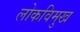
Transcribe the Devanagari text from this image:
लोकविमुख